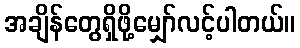
အချိန်တွေရှိဖို့မျှော်လင့်ပါတယ်။